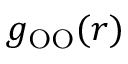
g _ { \mathrm { O O } } ( r )